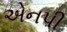
એનપી